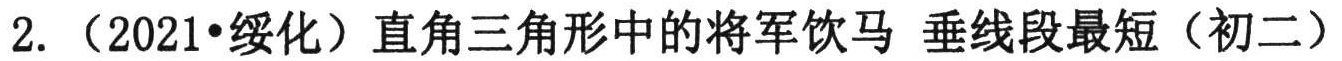
2.（2021•绥化）直角三角形中的将军饮马 垂线段最短（初二）